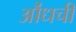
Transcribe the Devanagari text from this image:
औंधची